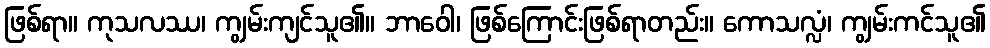
ဖြစ်ရာ။ ကုသလဿ၊ ကျွမ်းကျင်သူ၏။ ဘာဝေါ၊ ဖြစ်ကြောင်းဖြစ်ရာတည်း။ ကောသလ္လံ၊ ကျွမ်းကင်သူ၏